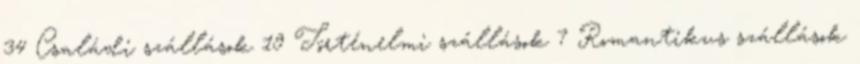
34 Családi szállások 19 Történelmi szállások 7 Romantikus szállások